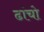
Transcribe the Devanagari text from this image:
ढांचो